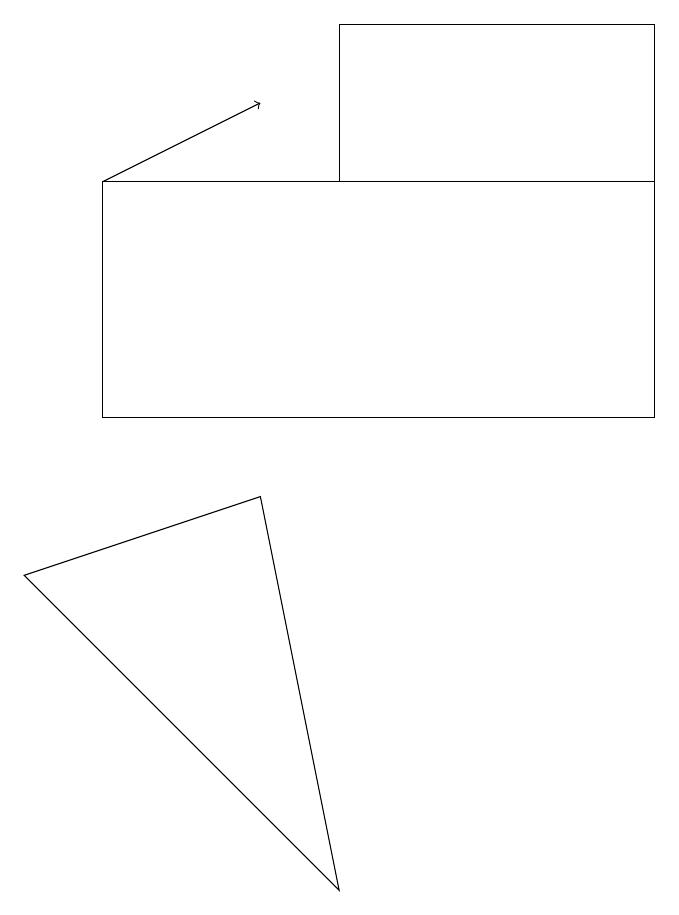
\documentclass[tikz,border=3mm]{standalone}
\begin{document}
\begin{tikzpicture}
\draw (1,13) rectangle (8,10);
\draw[->] (1,13) -- (3,14);
\draw (3,9) -- (4,4) -- (0,8) -- cycle;
\draw (8,15) rectangle (4,13);
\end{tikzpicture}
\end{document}